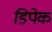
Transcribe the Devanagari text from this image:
डिपेक